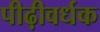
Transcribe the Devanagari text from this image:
पीढ़ीवर्धक